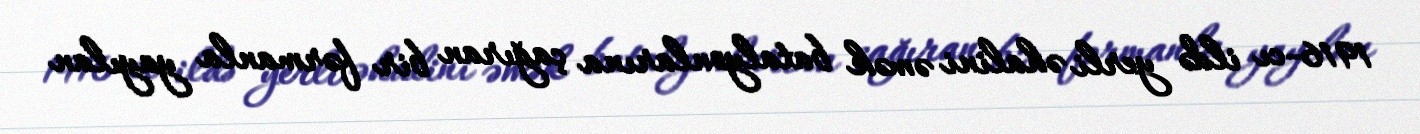
1916-cı ildə yerli əhalini əmək batalyonlarına çağıran bir fərmanla yayılan